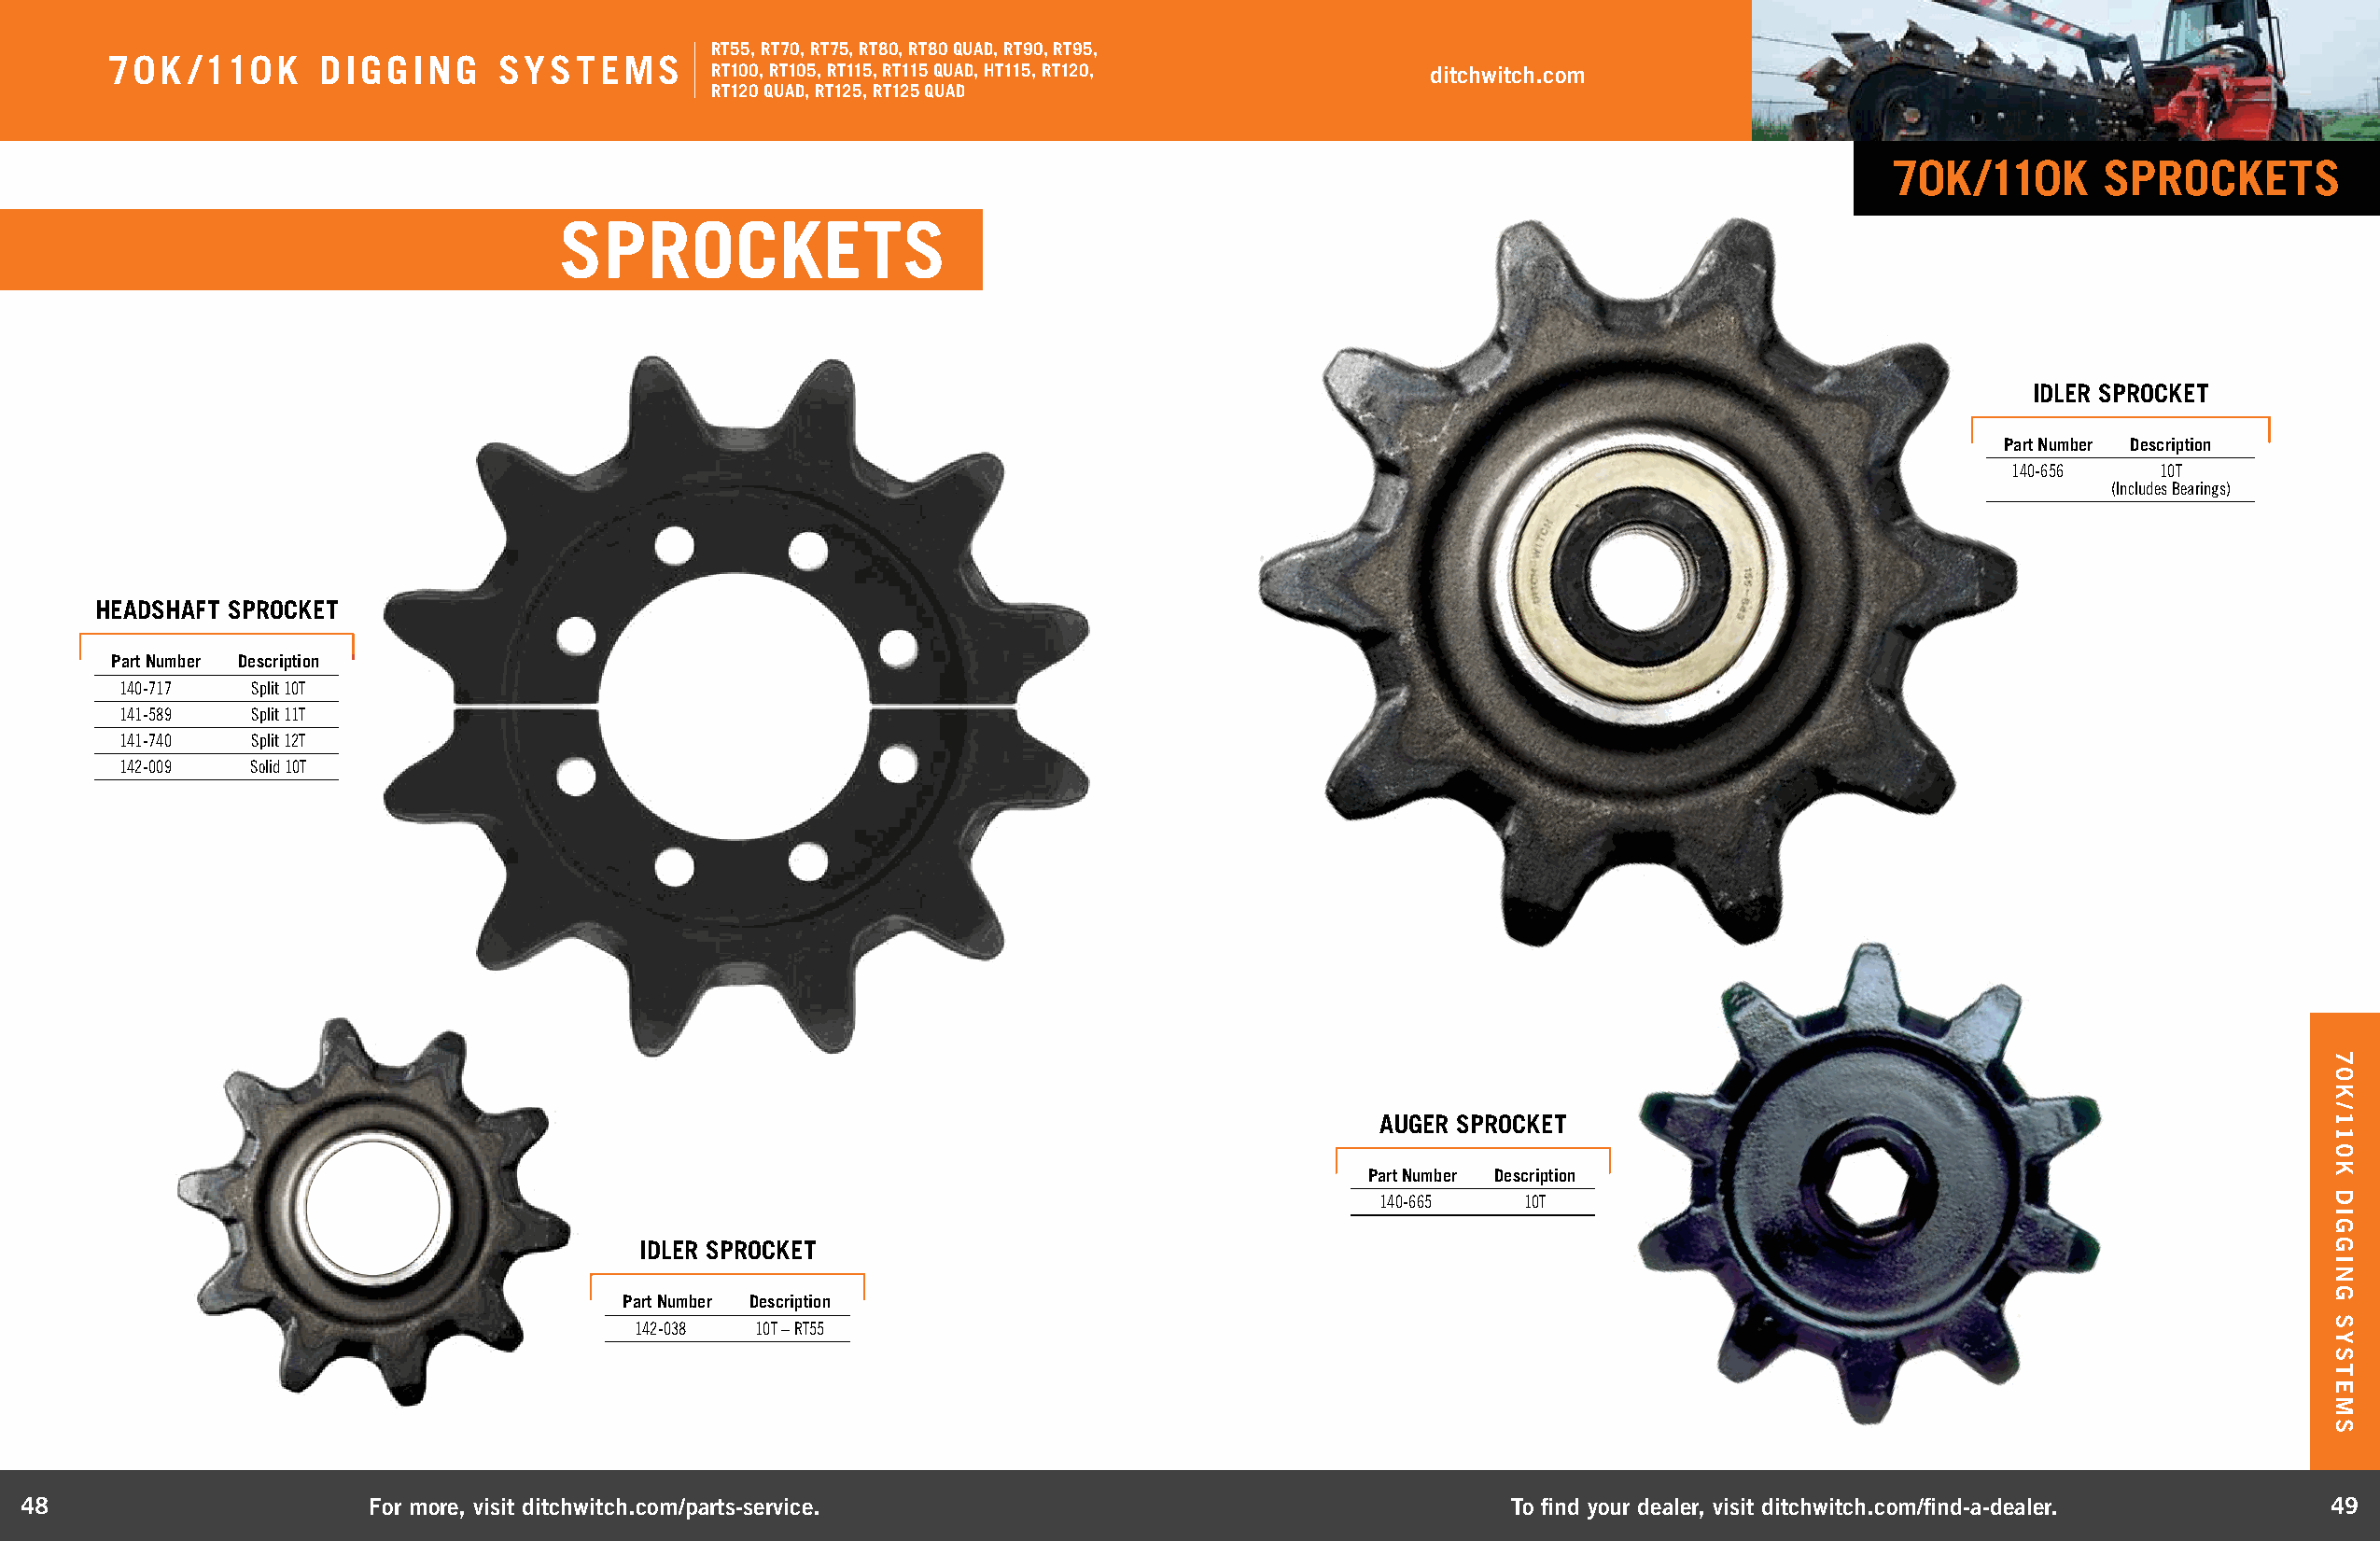
RT55, RT70, RT75, RT80, RT80 QUAD, RT90, RT95,
 70K  /110K     DIGGING     SYSTEMS
 RT100, RT105, RT115, RT115 QUAD, HT115, RT120,     ditchwitch.com
 RT120 QUAD, RT125, RT125 QUAD
 70K/110K       SPROCKETS
 SPROCKETS
 IDLER SPROCKET
 Part Number Description
 140-656   10T
 (Includes Bearings)
 HEADSHAFT SPROCKET
 Part Number Description
 140-717   Split 10T
 141-589   Split 11T
 141-740   Split 12T
 142-009   Solid 10T
 AUGER SPROCKET
 Part Number Description
 140-665   10T
 IDLER SPROCKET
 Part Number Description
 142-038  10T – RT55
 48                       For more, visit ditchwitch.com/parts-service.                                    To find your dealer, visit ditchwitch.com/find-a-dealer.  49
 70K/110K
 DIGGING
 SYSTEMS